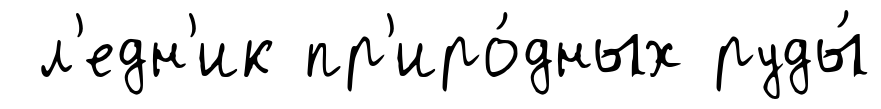
л'едн'ик пр'иро́дных руды́